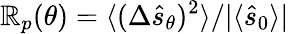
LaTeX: \mathbb{R}_{p}(\theta)=\langle(\Delta\hat{{s}}_{\theta})^{2}\rangle/|\langle\hat{{s}}_{0}\rangle|